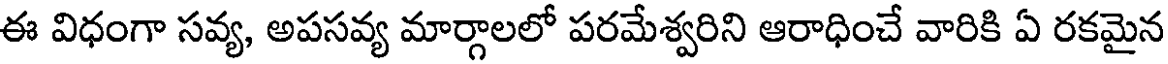
ఈ విధంగా సవ్య, అపసవ్య మార్గాలలో పరమేశ్వరిని ఆరాధించే వారికి ఏ రకమైన